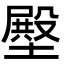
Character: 壂